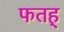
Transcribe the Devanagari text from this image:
फतह्